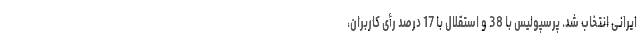
ایرانی انتخاب شد. پرسپولیس با 38 و استقلال با 17 درصد رأی کاربران،